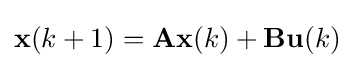
\mathbf {x} (k+1)=\mathbf {A} \mathbf {x} (k)+\mathbf {B} \mathbf {u} (k)